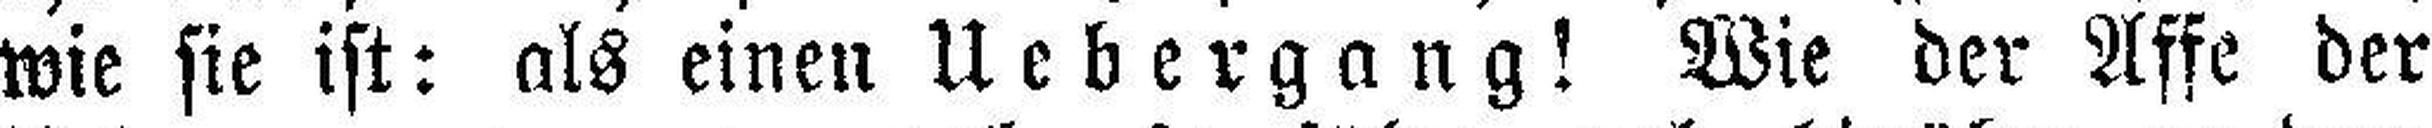
wie sie ist: als einen Uebergang! Wie der Affe der